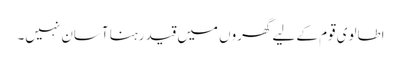
اطالوی قوم کے لیے گھروں میں قید رہنا آسان نہیں۔